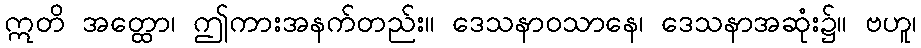
ဣတိ အတ္ထော၊ ဤကားအနက်တည်း။ ဒေသနာဝသာနေ၊ ဒေသနာအဆုံး၌။ ဗဟူ၊